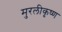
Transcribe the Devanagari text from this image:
मुरलीकृष्ण